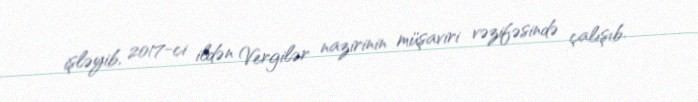
işləyib, 2017-ci ildən Vergilər nazirinin müşaviri vəzifəsində çalışıb.